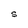
Character: S